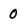
Character: 0